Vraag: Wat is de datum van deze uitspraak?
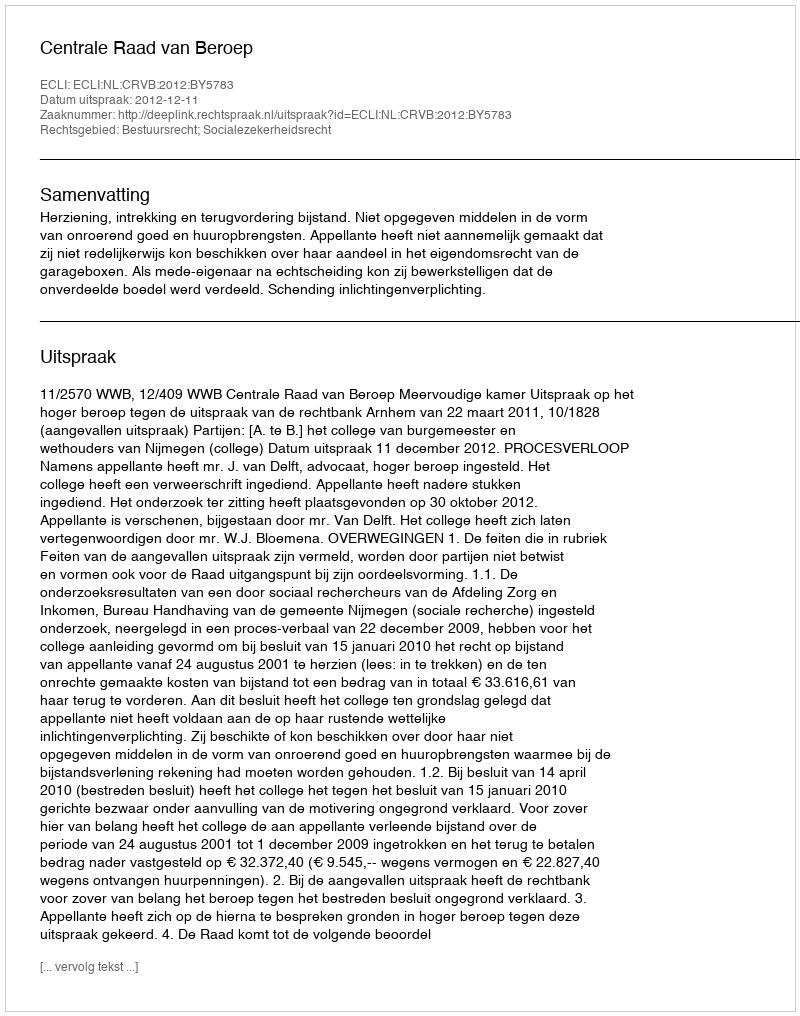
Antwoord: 2012-12-11